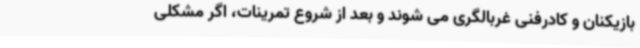
بازیکنان و کادرفنی غربالگری می شوند و بعد از شروع تمرینات، اگر مشکلی